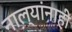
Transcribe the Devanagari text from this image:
नाल्यांनाही